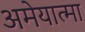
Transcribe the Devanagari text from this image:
अमेयात्मा